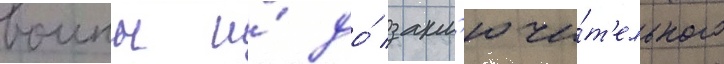
воины и́ до́ закл'ючи́т'ельного